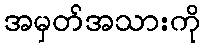
အမှတ်အသားကို